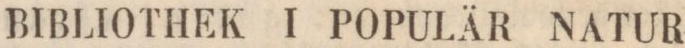
BIBLIOTHEK I POPULÄR NATUR-